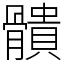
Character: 䯣